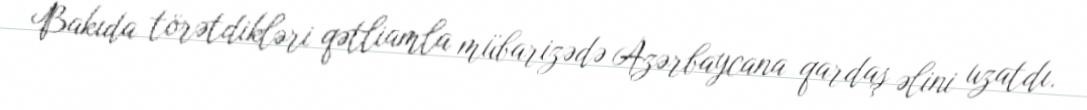
Bakıda törətdikləri qətliamla mübarizədə Azərbaycana qardaş əlini uzatdı.